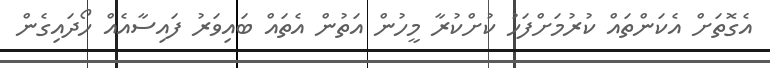
އެގޮތަށް އެކަންތައް ކުރުމަށްފަހު ކުށްކުރާ މީހުން އަތުން އެތައް ބައިވަރު ފައިސާއެއް ހޯދައިގެން